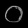
Digit: ၀